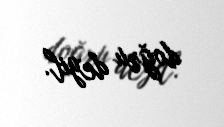
doğru deyil.